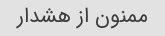
ممنون از هشدار